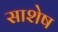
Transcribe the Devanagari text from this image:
साशेष